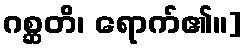
ဂစ္ဆတိ၊ ရောက်၏။]